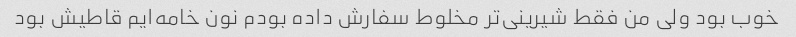
خوب بود ولی من فقط شیرینی‌تر مخلوط سفارش داده بودم نون خامه‌ایم قاطیش بود